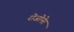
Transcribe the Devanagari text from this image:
रोजोनेर